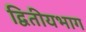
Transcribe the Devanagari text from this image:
द्वितीयभाग